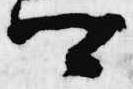
可